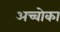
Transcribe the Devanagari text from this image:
अच्चोका